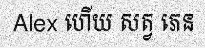
Alex ហើយ សត្វ ភេន